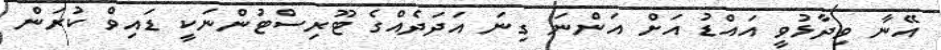
އޭނާ ވިދާޅުވީ އައްޑު އަށް އަންނަ ގިނަ އަދަދެއްގެ ޓޫރިސްޓުންނަކީ ޑައިވް ކުރަން